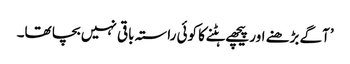
’آگے بڑھنے اور پیچھے ہٹنے کا کوئی راستہ باقی نہیں بچا تھا۔